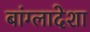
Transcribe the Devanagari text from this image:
बांग्लादेशा